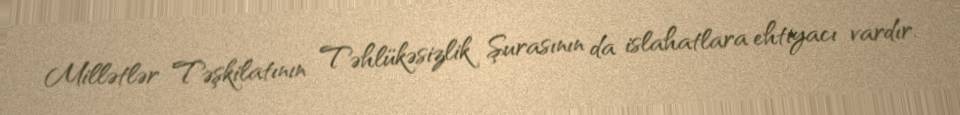
Millətlər Təşkilatının Təhlükəsizlik Şurasının da islahatlara ehtiyacı vardır.